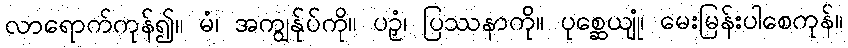
လာရောက်ကုန်၍။ မံ၊ အကျွန်ုပ်ကို။ ပဉှံ၊ ပြဿနာကို။ ပုစ္ဆေယျုံ၊ မေးမြန်းပါစေကုန်။